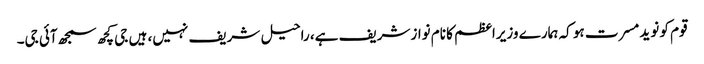
قوم کو نوید مسرت ہو کہ ہمارے وزیراعظم کا نام نوازشریف ہے، راحیل شریف نہیں، ہیں جی کچھ سمجھ آئی جی۔